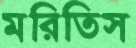
মরিতিস